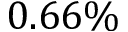
0 . 6 6 \%